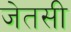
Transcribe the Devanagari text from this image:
जेतसी